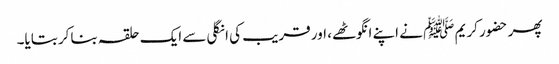
پھر حضور کریم ﷺ نے اپنے انگوٹھے، اور قریب کی انگلی سے ایک حلقہ بناکر بتایا۔